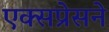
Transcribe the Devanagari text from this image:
एक्सप्रेसने